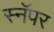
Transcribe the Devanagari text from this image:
स्नॅपर